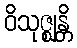
ဝိသုဇ္ဈန္တိ